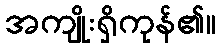
အကျိုးရှိကုန်၏။